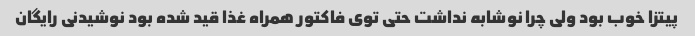
پیتزا خوب بود ولی چرا نوشابه نداشت حتی توی فاکتور همراه غذا قید شده بود نوشیدنی رایگان